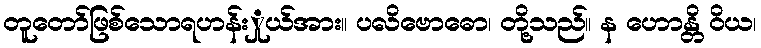
တူတော်ဖြစ်သောရဟန်းှုယ်အား။ ပလိဗောဓော၊ တို့သည်။ န ဟောန္တိ ဝိယ၊